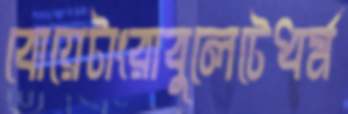
বোয়েটাংরাবুলেটেধর্ম